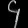
Digit: ၄